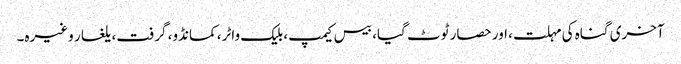
آخری گناہ کی مہلت، اور حصار ٹوٹ گیا، بیس کیمپ، بلیک واٹر، کمانڈو، گرفت، یلغار وغیرہ۔